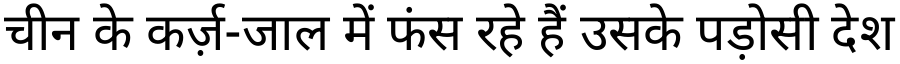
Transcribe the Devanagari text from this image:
चीन के कर्ज़-जाल में फंस रहे हैं उसके पड़ोसी देश